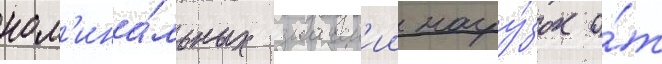
ном'ина́льных значен'ии нагру́зок о́т